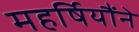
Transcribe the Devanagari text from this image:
महर्षियौंने